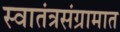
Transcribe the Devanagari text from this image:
स्वातंत्रसंग्रामात